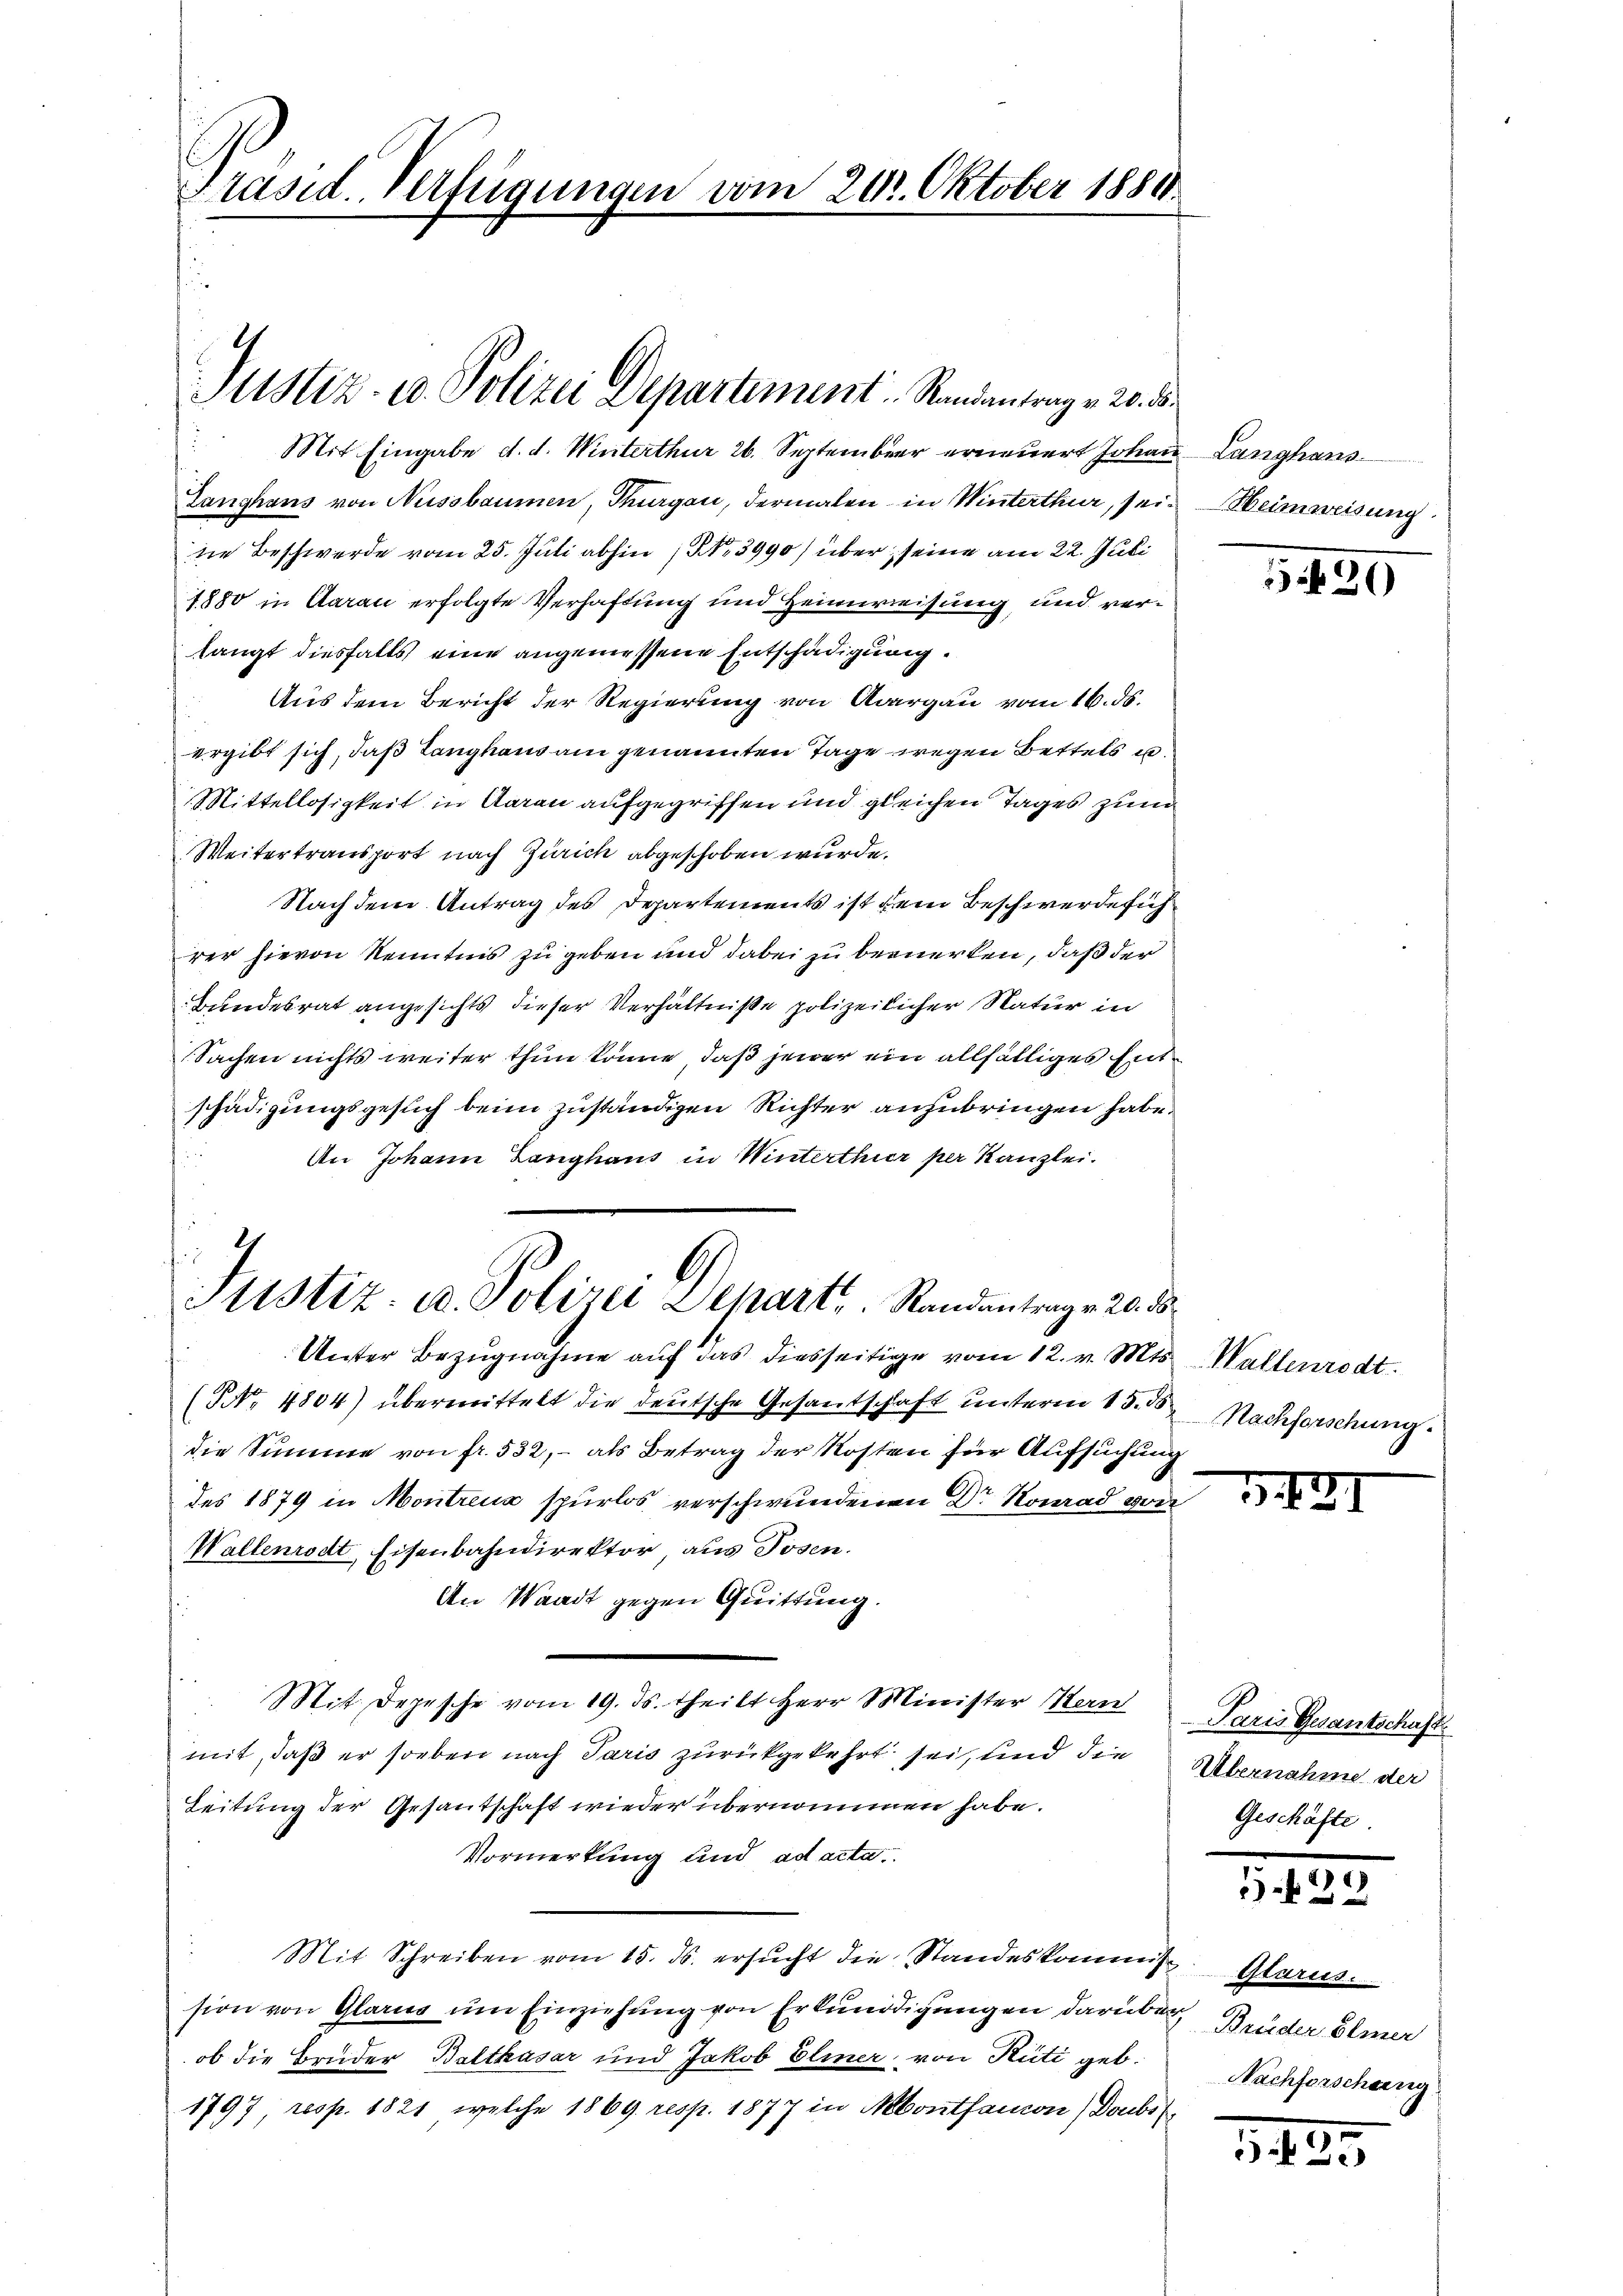
Präsid. Verfügungen vom 20. Oktober 1888

Justiz- u. Polizei Departement. Randantrag v. 20. d.

Mit Eingabe d. d. Winterthur 26. September erneuert Johan
Langhans von Nussbaumen, Thurgau, dermalen in Winterthur, seine Beschwerde vom 25. Juli abhin, No 3990) über seine am 22. Juli
1880 in Aarau erfolgte Verhaftung und Heimweisung, und verlangt diesfalls eine angemessene Entschädigung.
Aus dem Bericht der Regierung von Aargau vom 16. ds.
ergibt sich, daß Langhaus am genannten Tage wegen Bettels u.
Mittellosigkeit in Aarau aufgegriffen und gleichen Tages zum
Weitertransport nach Zürich abgeschoben wurde.
Nach dem Antrag des Departements ist dem Beschwerde sichrer hievon Kenntnis zu geben und dabei zu breuerten, daß der
Bundesrat angesichts dieser Verhältniße polizeilicher Natur in
Sachen nichts weiter thun könne, daß jener ein allfälliges Entschädigungsgesuch beim zuständigen Richter anzubringen habe.
An Johann Langhaus in Winterthur per Kanzlei.
Unter Bezugnahme auf das diesseitige vom 12. v. Mts.
(NNo. 4804) übermittelt die deutsche Gesandschaft unterm 15. Nachforschung.
die Summe von fr. 532, – als Betrag der Kosten für Aufsuchung
des 1879 in Montrena spurlos verschwundenen Dr Konrad von
Wallenrodt Eisenbahndirektor, aus Josen.
An Waadt gegen Quittung.
Mit Depesche vom 19. ds. theilt Herr Minister Han
mit, daß er soeben nach Paris zurückgekehrt sei, und die
Leitung der Gesandschaft wieder übernommen habe.
Vormerkung und ad acta.
Mit Schreiben vom 15. ds. ersŭcht die Standeskommis Glarus.
sion von Glarus um Einziehung von Erkundigungen darüber Brüder Bemer
ob die Bruder Balthasar und Jakob Eliner, von Rüti geb.
1797 resp. 1821, welche 1869 resp. 1877 in Montanon) Doubs¬

s
6)
Justiz- u. Polizei Zehart, Randantrag v. 20. ds.

u Langhans
Heimweisung.

3439

Waltenrodt.

321

Paris Gesantschaft
Übernahme der
Geschäfte.

5.422.

Nachforschung

1493.